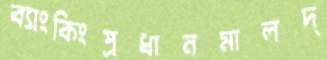
ব্যাংকিংপ্রধানমালদ্